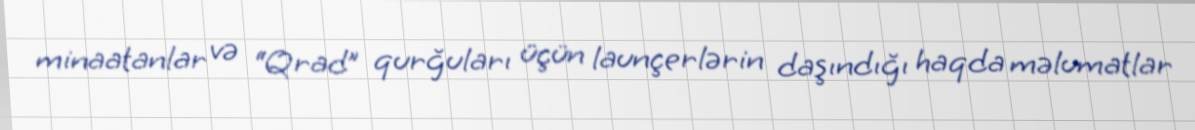
minaatanlar və “Qrad” qurğuları üçün launçerlərin daşındığı haqda məlumatlar